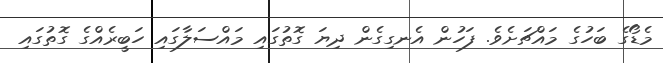
މެޑޯގެ ބަހުގެ މައްޗަށެވެ. ފަހުން އެނގިގެން ދިޔަ ގޮތުގައި މައްސަލާގައި ހަބީރެއްގެ ގޮތުގައި